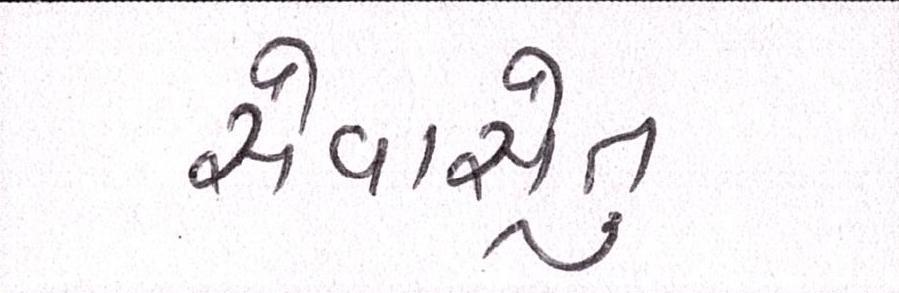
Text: સેવાસેતુ